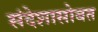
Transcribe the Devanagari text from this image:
संदेशासोबत